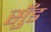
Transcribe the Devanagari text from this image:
सुँड